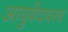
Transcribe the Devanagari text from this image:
आयुर्वेदावरच